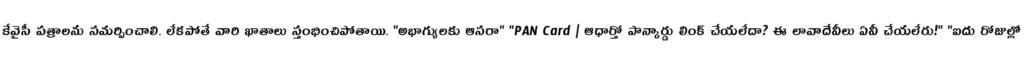
కేవైసీ పత్రాలను సమర్పించాలి. లేకపోతే వారి ఖాతాలు స్తంభించిపోతాయి. "అభాగ్యులకు ఆసరా" "PAN Card | ఆధార్తో పాన్కార్డు లింక్ చేయలేదా? ఈ లావాదేవీలు ఏవీ చేయలేరు!" "ఐదు రోజుల్లో